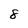
Character: 8